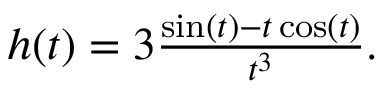
\begin{array} { r } { h ( t ) = 3 \frac { \sin ( t ) - t \cos ( t ) } { t ^ { 3 } } . } \end{array}